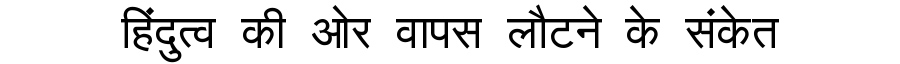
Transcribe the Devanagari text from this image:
हिंदुत्व की ओर वापस लौटने के संकेत